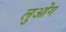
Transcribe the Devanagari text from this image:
लुओंग